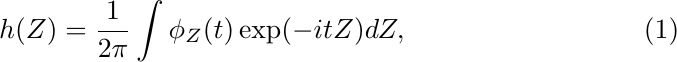
\begin{align} \label{def:inv}
    h(Z) = \frac{1}{2\pi}\int \phi_Z(t)\exp(-itZ)dZ,
\end{align}